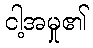
ငါ့အမှု၏